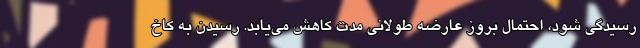
رسیدگی شود، احتمال بروز عارضه طولانی مدت کاهش می‌یابد. رسیدن به کاخ